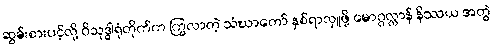
ဆွမ်းစားပင့်လို့ ဝိသုဒ္ဓါရုံတိုက်က ကြွလာတဲ့ သံဃာတော် နှစ်ရာလှူဖို့ မောဂ္ဂလ္လာန် နိဿယ အတွဲ